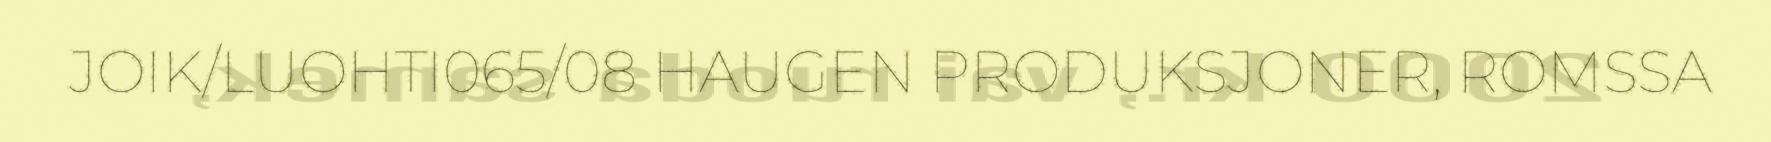
JOIK/LUOHTI065/08 HAUGEN PRODUKSJONER, ROMSSA